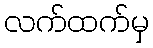
လက်ထက်မှ